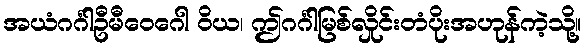
အယံဂင်္ဂါဦမီဝေဂေါ ဝိယ၊ ဤဂင်္ဂါမြစ်လှိုင်းတံပိုးအဟုန်ကဲ့သို့။